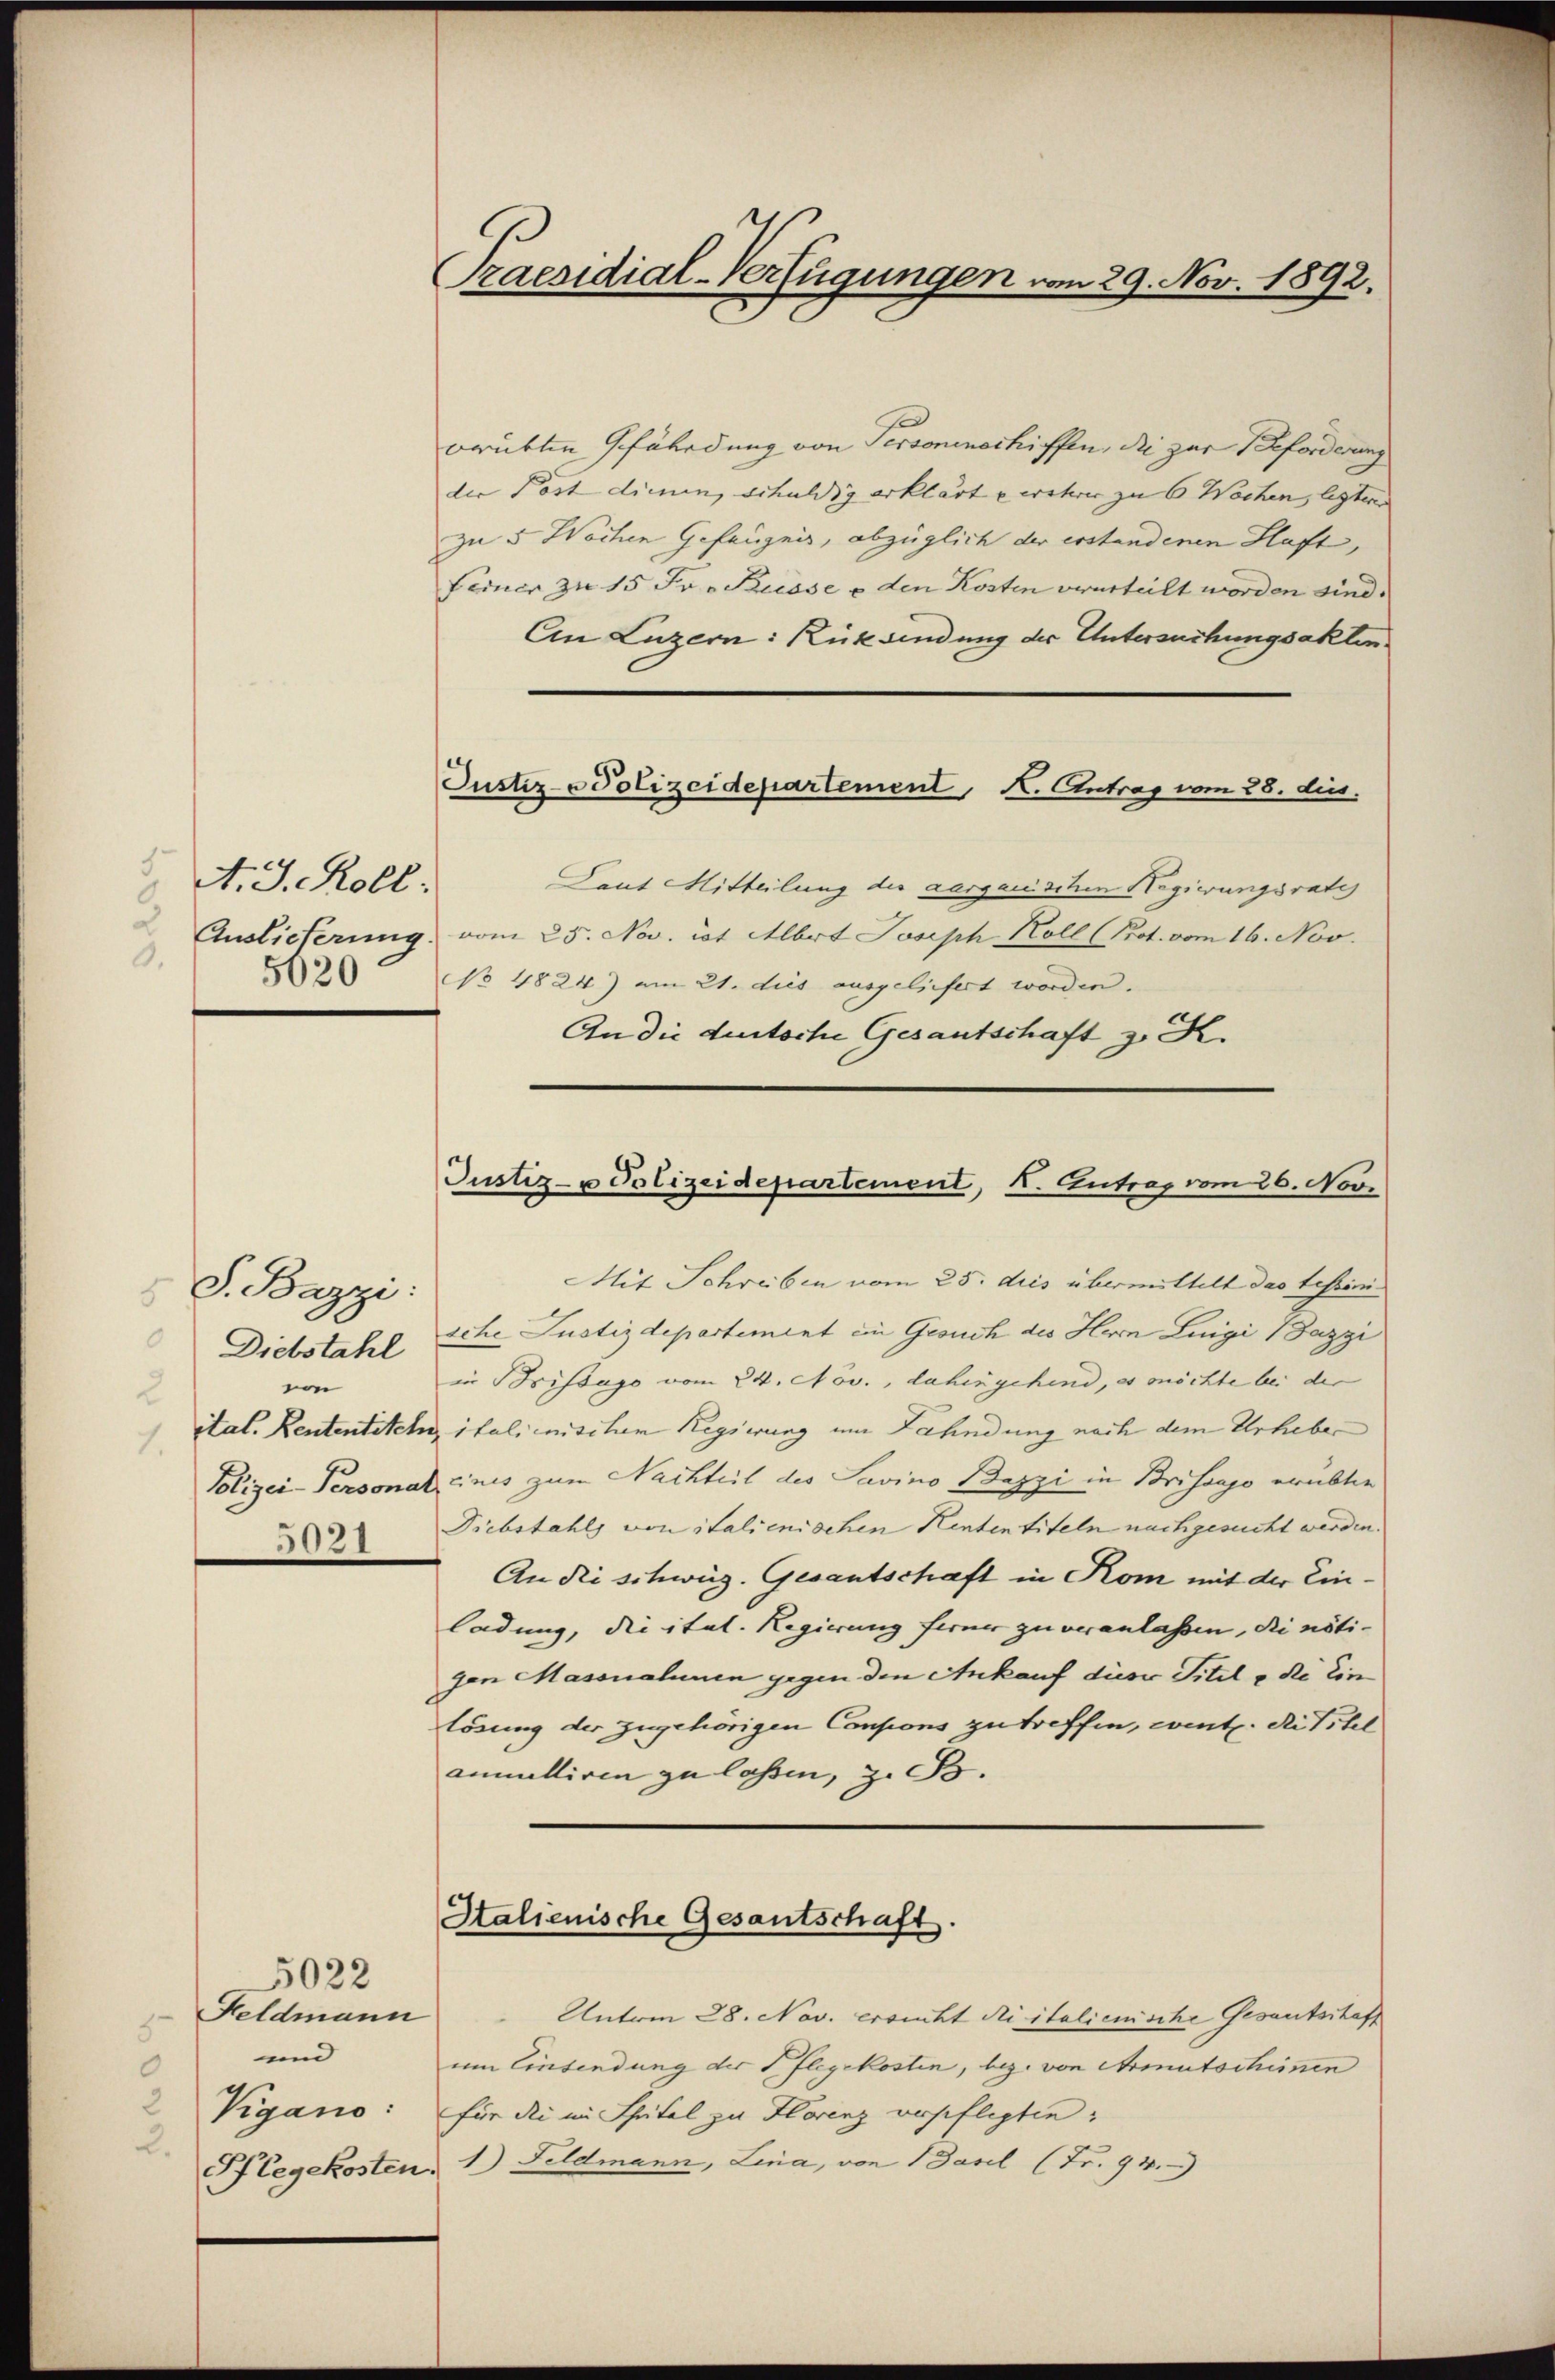
A. J. Koll.
e
0.

S. Bazzi:
5
0
Diebstahl
von
2
1.
5021

5022
Feldmann
5
und
0
Vigano:

zaesidial-Verfügungen vom 29. Nov. 1892.

drükten Gefährdung von Personenschiffen, die zur Beforderung
die Post dienen, schuldig erklärt u wehrer zu 6 Wochen, legter
zu 5 Wochen Gefängnis, abzüglich der erstandenen Haft,
Feiner zu 15 Fr. Russe e den Kosten verurteilt worden sind.
An Luzern: Rücksendung der Untersuchungsakten
Justiz-Polizeidepartement, K. Antrag vom 28. dies
Laut Mitteilung des aargauischen Hegierungsrath
 Auslieferung vom 25. Nov. ist Albert Joseph Koll (Prot. vom 16. Nov.
 No 4824) am 21. dies ausgeliefert worden.
An die deutsche Gesantschaft z. K.

Justiz- u Polizeidepartement, I. Antrag vom 26. Nove

Mit Schreiben vom 25. dies übermittelt das tessini
sche Justizdepartement ein Gesuch des Herrn Luigi Bazzi
in Brissago vom 24. Nov., dahin gehend, es möchte bei der
ital. Rententiteln, italienischen Regierung um Fahndung nach dem Urheber
Polizei-Personal cinis zum Nachteil des Savino Bazzi in Brissajo erübter
Diebstahls von italienischen Kententiteln nachgesucht werden.
An die schweiz. Gesantschaft in Kom mit der Einladung, die ital. Regierung ferner zu veranlassen, die nöti- |
gen Massnahnen gegen den Ankauf dieser Titel „de Ein
lösung der zugehörigen Consions zu treffen, went. die Titel
anmelliren zu lassen, z. B.
Italienische Gesantschaft.

Unterm 28. Nov. ersucht Ni italienische Gesantschaff
um Einsendung der Pflegekosten, bez. von Armutschimen
für die im Spital zu Florenz verpflegten
Pflegekostenz 1) Feldmann, Lina, von Basel (Fr. 94.